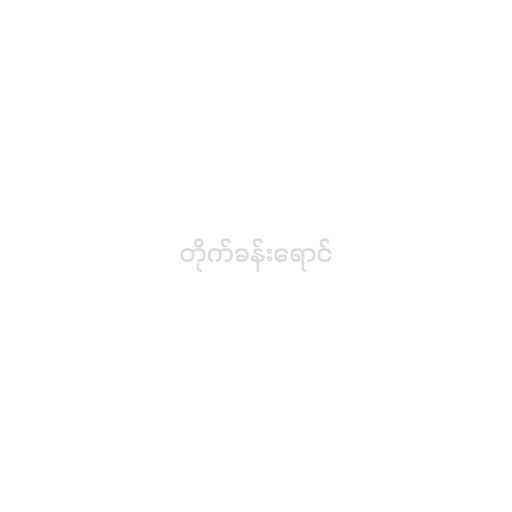
တိုက်ခန်းရောင်